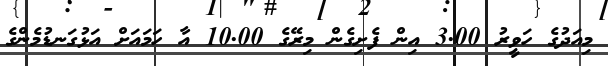
މިއަދުގެ ހަވީރު 3.00 އިން ފެށިގެން މިރޭގެ 10.00 އާ ހަމައަށް އަޅުގަނޑުމެންގެ